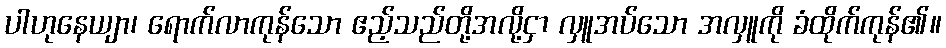
ပါဟုနေယျာ၊ ရောက်လာကုန်သော ဧည့်သည်တို့အလို့ငှာ လှူအပ်သော အလှူကို ခံထိုက်ကုန်၏။